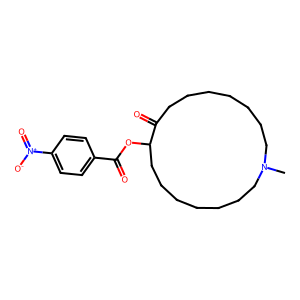
SMILES: CN1CCCCCCCC(=O)C(OC(=O)c2ccc([N+](=O)[O-])cc2)CCCCCCC1
Inhibits HIV replication: No